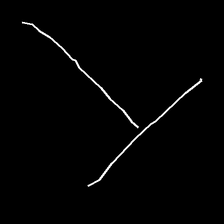
Glyph: column